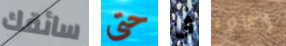
سائقك حتى في اعادة